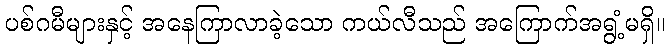
ပစ်ဂမီများနှင့် အနေကြာလာခဲ့သော ကယ်လီသည် အကြောက်အရွံ့မရှိ။